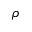
\rho